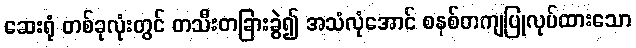
ဆေးရုံ တစ်ခုလုံးတွင် တသီးတခြားခွဲ၍ အသံလုံအောင် စနစ်တကျပြုလုပ်ထားသော